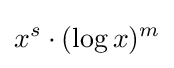
x^{s}\cdot (\log x)^{m}